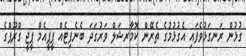
ގުޅުން ރަނގަޅުވެފައި އެގުޅުމުގެ ތެރޭން ކޮމާރޝަލް ވަރުގަދަ ބެނެފިޓެއް ޕީޕީއެމް ޕީޖީ ގްރޫޕްގެ